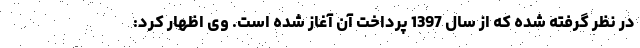
در نظر گرفته شده که از سال 1397 پرداخت آن آغاز شده است. وی اظهار کرد: